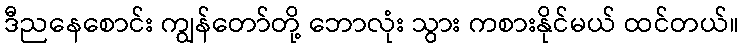
ဒီညနေစောင်း ကျွန်တော်တို့ ဘောလုံး သွား ကစားနိုင်မယ် ထင်တယ်။